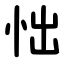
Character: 㤕